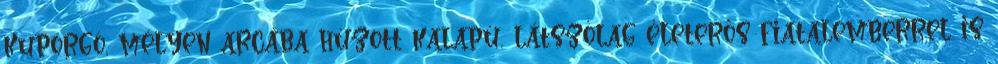
kuporgó, mélyen arcába húzott kalapú, látszólag életerős fiatalemberrel is